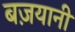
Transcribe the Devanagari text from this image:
बज़यानी